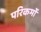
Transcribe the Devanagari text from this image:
परिकर्मों